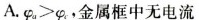
ωaA.φ_{ a }>φ_{ c }。金属框中无电流